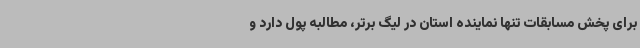
برای پخش مسابقات تنها نماینده استان در لیگ برتر، مطالبه پول دارد و